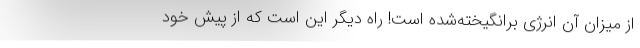
از میزان آن انرژی برانگیخته‌شده است! راه دیگر این است که از پیش خود